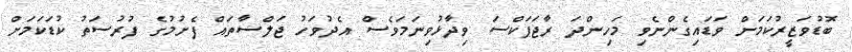
ބޮޑުވަޒީރުކަމަށް ވަޑައިގެންނެވި މަހިންދަ ރާޖަޕަކްސަ ވިދާޅުވިނަމަވެސް އެދުވަހު ޖަލްސާތައް ފެށުމުގެ ފުރުސަތު ކުޑަކަމަށް